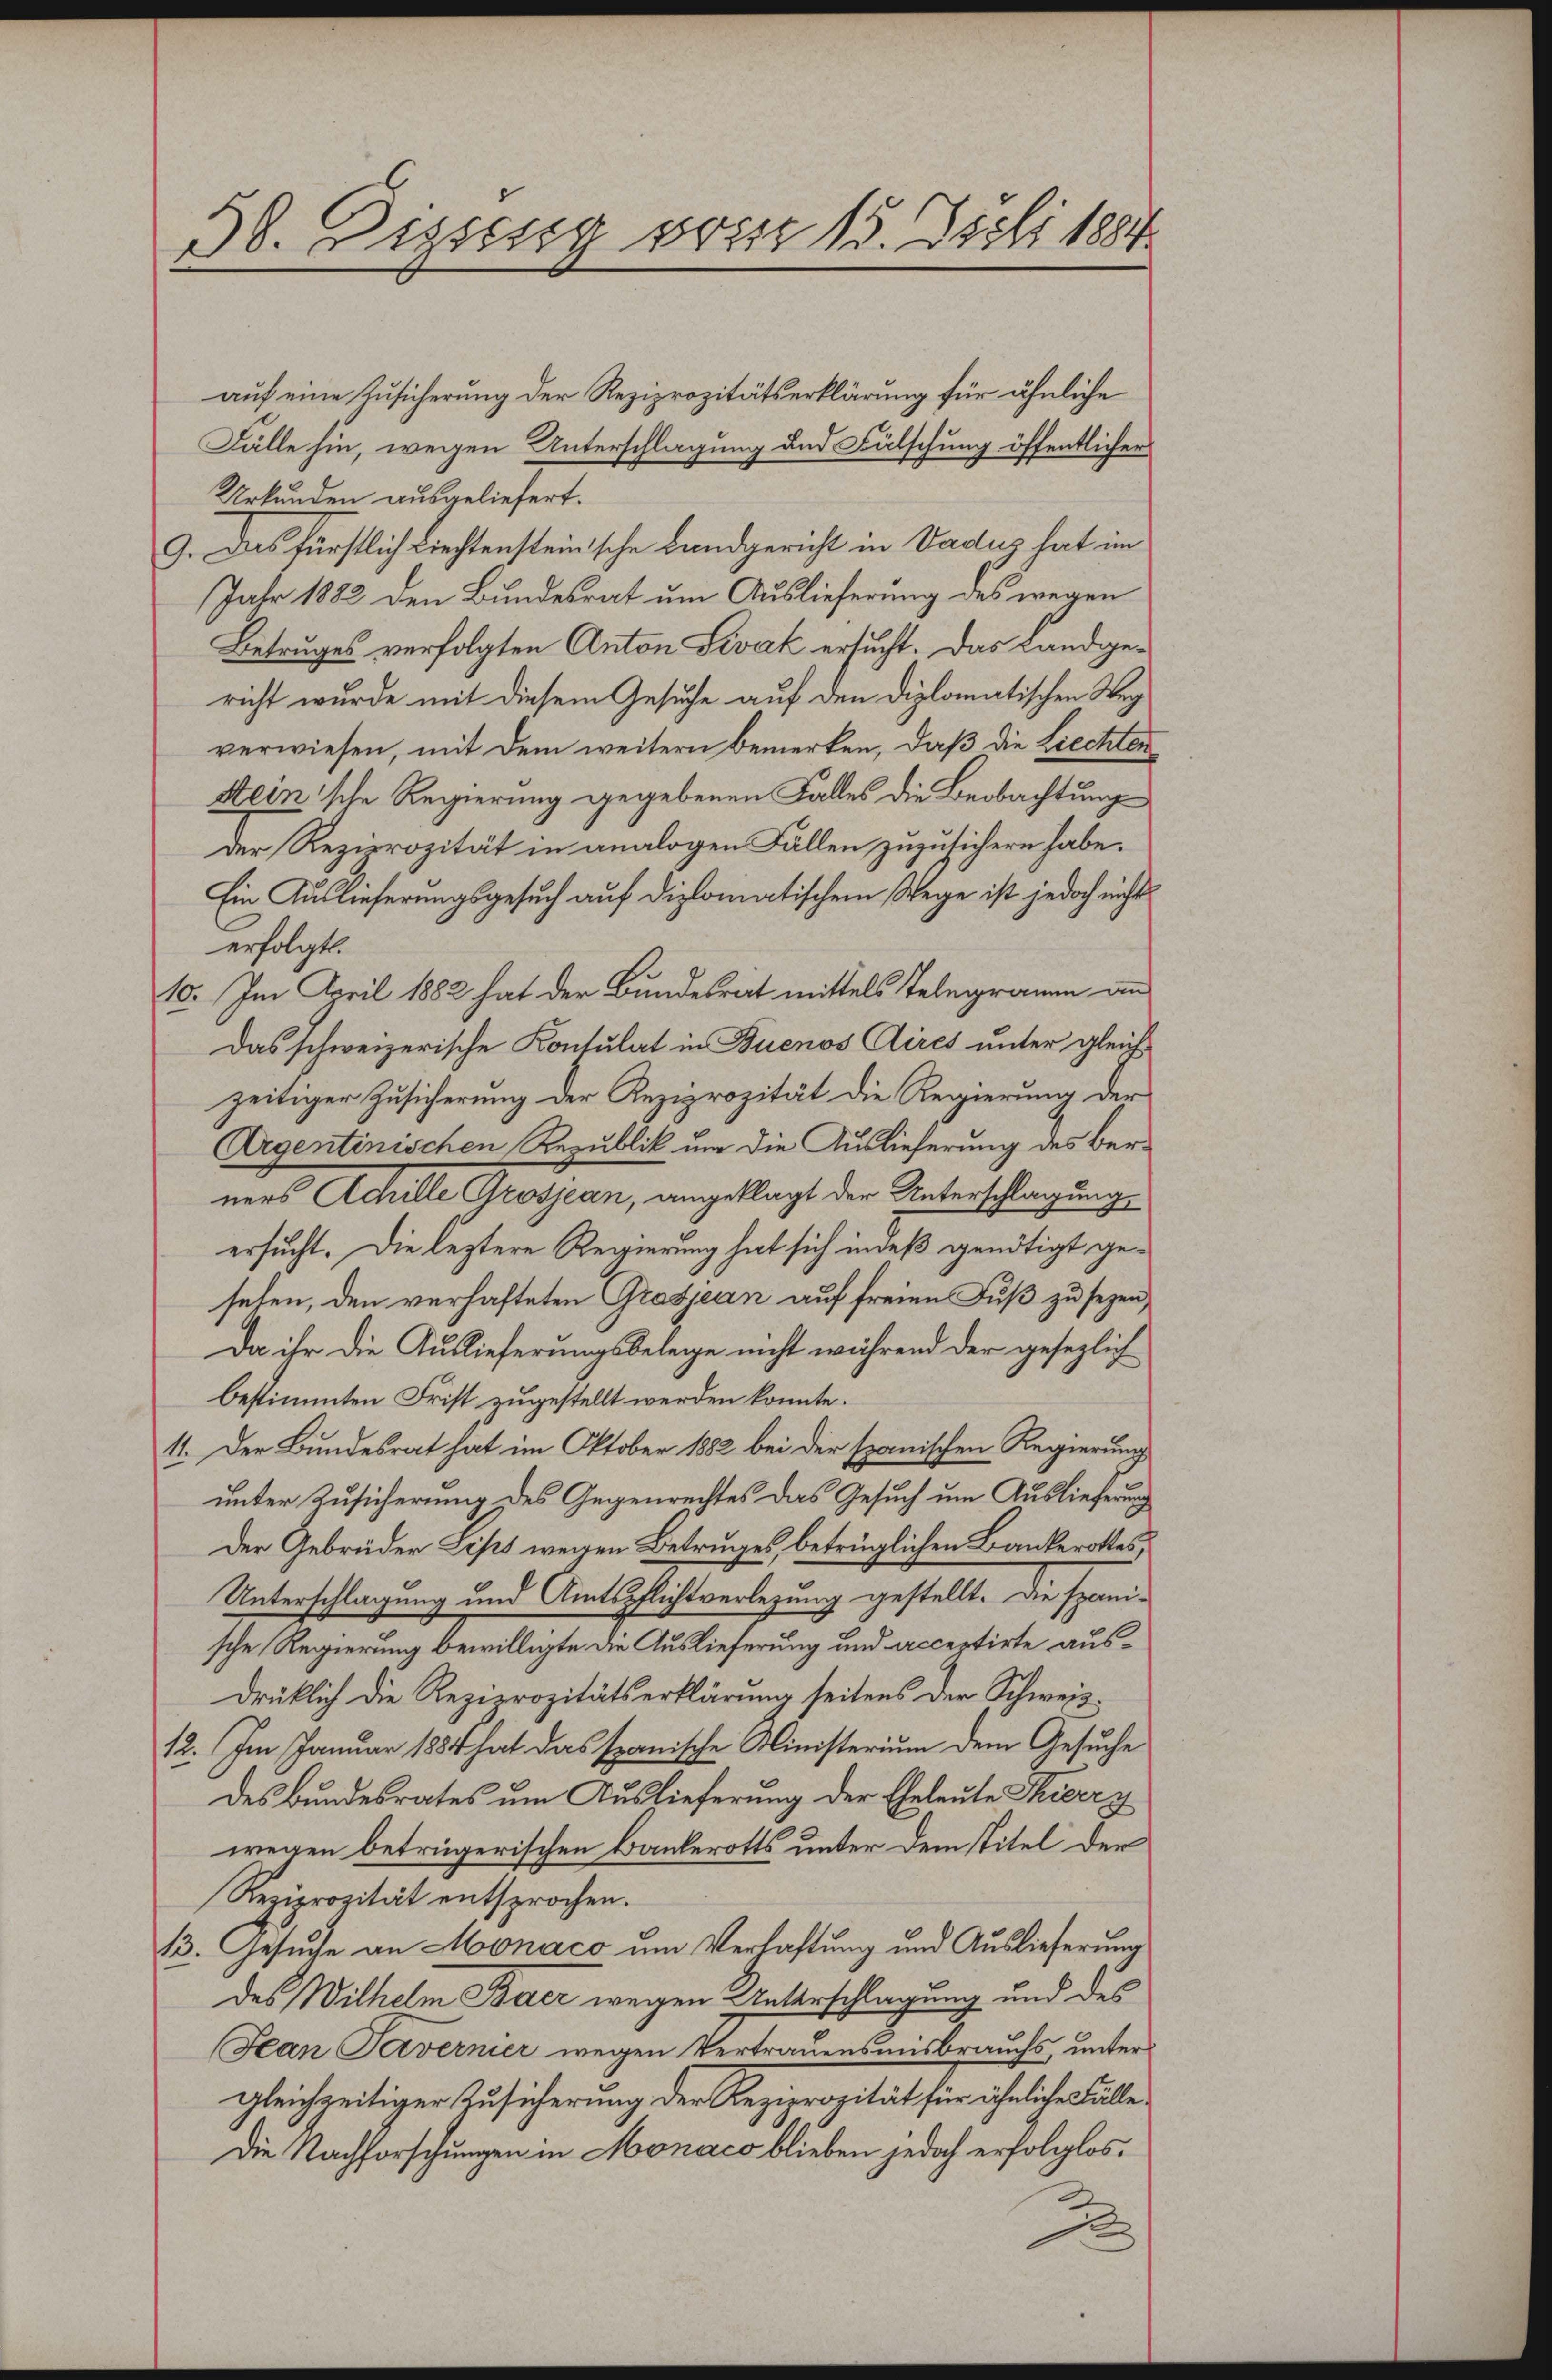
38. Dizung vom 15. Juli 1884

auf eine Zusicherung der Reziprozitätserklärung für ähnliche
Fälle hin, wegen Unterschlagung und Fälschung öffentlicher
Urkunden ausgeliefert.
9. Das fürstlich Liechtensteinische Landgericht in Vadus hat im
Jahr 1882 den Bundesrat um Auslieferung des wegen
Betruges verfolgten Anton Divák ersucht. Das Landgericht wurde mit diesem Gesuche auf den diplomatischen Wegverwiesen, mit dem weitern bemerken, daß die Liechten
steinsche Regierung gegebenen Falles die Beobachtung
der Reziprozität in analogen Fällen zuzusichern habe.
Ein Auslieferungsgesuch auf diplomatischem Wege ist jedoch nicht
erfolgt.
10. Im April 1882 hat der Bundesrat mittels Telegramm an
Das schweizerische Kontulat in Buenos Aires unter gleich-
zeitiger Zusicherung der Reziprozität die Regierung der
Argentinischen Republik um die Auslieferung des Berners Achille Grosjean, angeklagt der Unterschlagung,
ersucht. Die leztere Regierung hat sich indeß genötigt geselen, den verhafteten Grasjean auf freien Fuß zu sezen,
Da ihr die Auslieferungsbelege nicht während der gesezlich
bestimmten Frist zugestellt werden konnte.
11. Der Bundesrat hat im Oktober 1882 bei der spanischen Regierung
unter Zusicherung des Gegenrechtes das Gesuch um Auslieferung
Der Gebrüder Lips wegen Betruges, betrüglichen Bankerottes,
Unterschlagung und Amtspflichtverlegung gestellt. Die spani-
sche Regierung bewilligte die Auslieferung und acceptirte ausdrüklich die Reziprozitätserklärung seitens der Schweiz.
12. Im Januar 1884 hat das spanische Ministerium dem Gesuche
des Bundesrates um Auslieferung der Eheleute Thierry
wegen beträgerischen Bankerotts unter dem stitel der
Reziprozität entsprochen.
13. Gesuche an Monaco um Verlastung und Auslieferung
des Wilhelm Baer wegen Unterschlagung und des
Jean Tavernier wegen Vertrauensausbrauchs, untergleichzeitiger Zusicherung der Reziprozität für ähnliche Fälle,
Die Nachforschungen in Monaco blieben jedoch erfolglos.

2